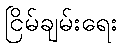
ငြိမ်ချမ်းရေး